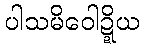
ပါသမိဝေါဍ္ဍိယ